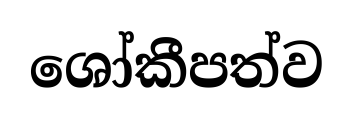
ශෝකීපත්ව